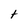
Character: t